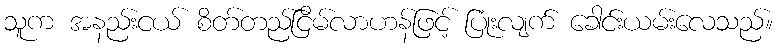
သူက အနည်းငယ် စိတ်တည်ငြိမ်လာဟန်ဖြင့် ပြုံးလျက် ခေါင်းယမ်းလေသည်။